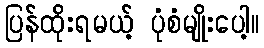
ပြန်ထိုးရမယ့် ပုံစံမျိုးပေါ့။